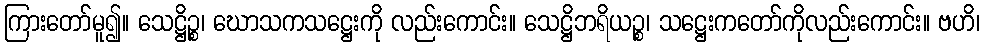
ကြားတော်မူ၍။ သေဋ္ဌိဉ္စ၊ ဃောသကသဋ္ဌေးကို လည်းကောင်း။ သေဋ္ဌိဘရိယဉ္စ၊ သဋ္ဌေးကတော်ကိုလည်းကောင်း။ ဗဟိ၊